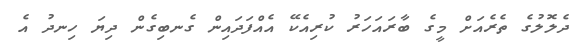
ދެލޮލުގެ ތެރެއަށް މީގެ ބާރައަހަރު ކުރިއެކޭ އެއްފަދައިން ގެނބިގެން ދިޔަ ހިނދު އެ